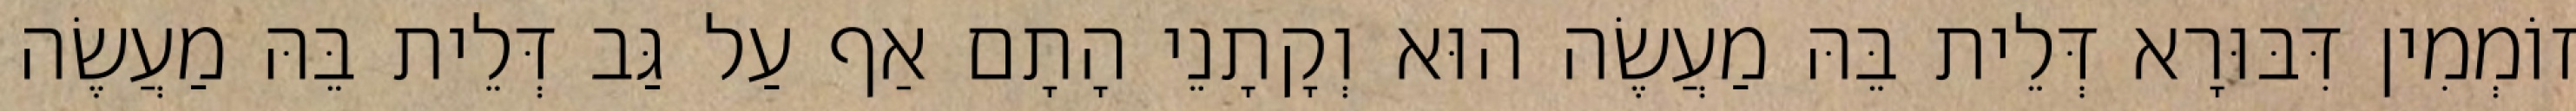
זוֹמְמִין דִּבּוּרָא דְּלֵית בֵּהּ מַעֲשֶׂה הוּא וְקָתָנֵי הָתָם אַף עַל גַּב דְּלֵית בֵּהּ מַעֲשֶׂה